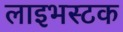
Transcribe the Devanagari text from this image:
लाइभस्टक